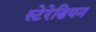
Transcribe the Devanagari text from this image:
स्टेरेडियन